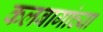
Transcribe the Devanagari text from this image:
कलबागांच्या